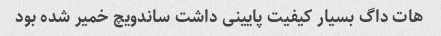
هات داگ بسیار کیفیت پایینی داشت ساندویچ خمیر شده بود